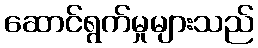
ဆောင်ရွက်မှုများသည်